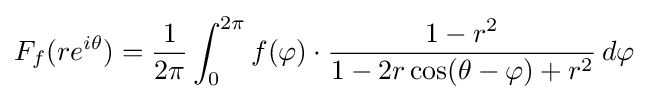
F_{f}(re^{i\theta })={1 \over 2\pi }\int _{0}^{2\pi }f(\varphi )\cdot {1-r^{2} \over 1-2r\cos(\theta -\varphi )+r^{2}}\,d\varphi